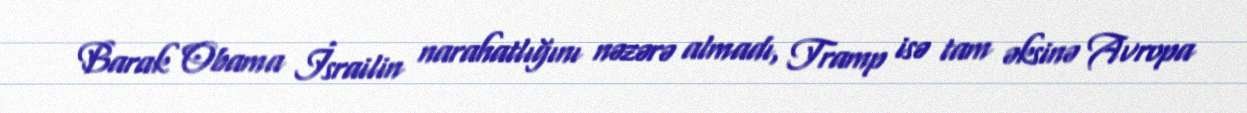
Barak Obama İsrailin narahatlığını nəzərə almadı, Tramp isə tam əksinə Avropa